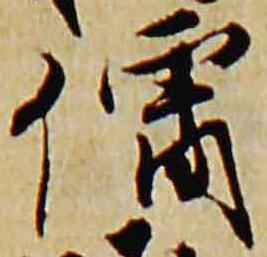
僧